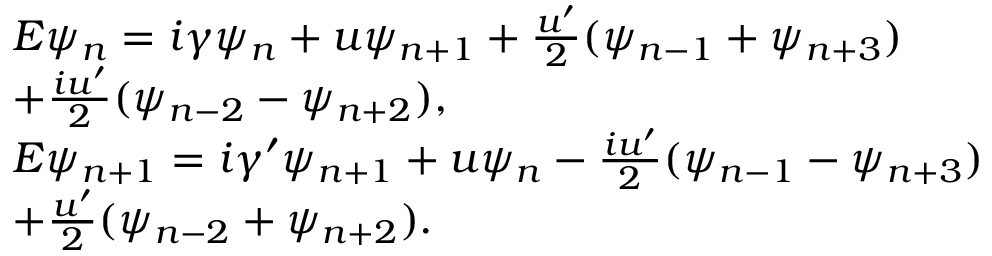
\begin{array} { r l r } & { E \psi _ { n } = i \gamma \psi _ { n } + u \psi _ { n + 1 } + \frac { u ^ { \prime } } { 2 } ( \psi _ { n - 1 } + \psi _ { n + 3 } ) } & \\ & { + \frac { i u ^ { \prime } } { 2 } ( \psi _ { n - 2 } - \psi _ { n + 2 } ) , } & \\ & { E \psi _ { n + 1 } = i \gamma ^ { \prime } \psi _ { n + 1 } + u \psi _ { n } - \frac { i u ^ { \prime } } { 2 } ( \psi _ { n - 1 } - \psi _ { n + 3 } ) } & \\ & { + \frac { u ^ { \prime } } { 2 } ( \psi _ { n - 2 } + \psi _ { n + 2 } ) . } & \end{array}